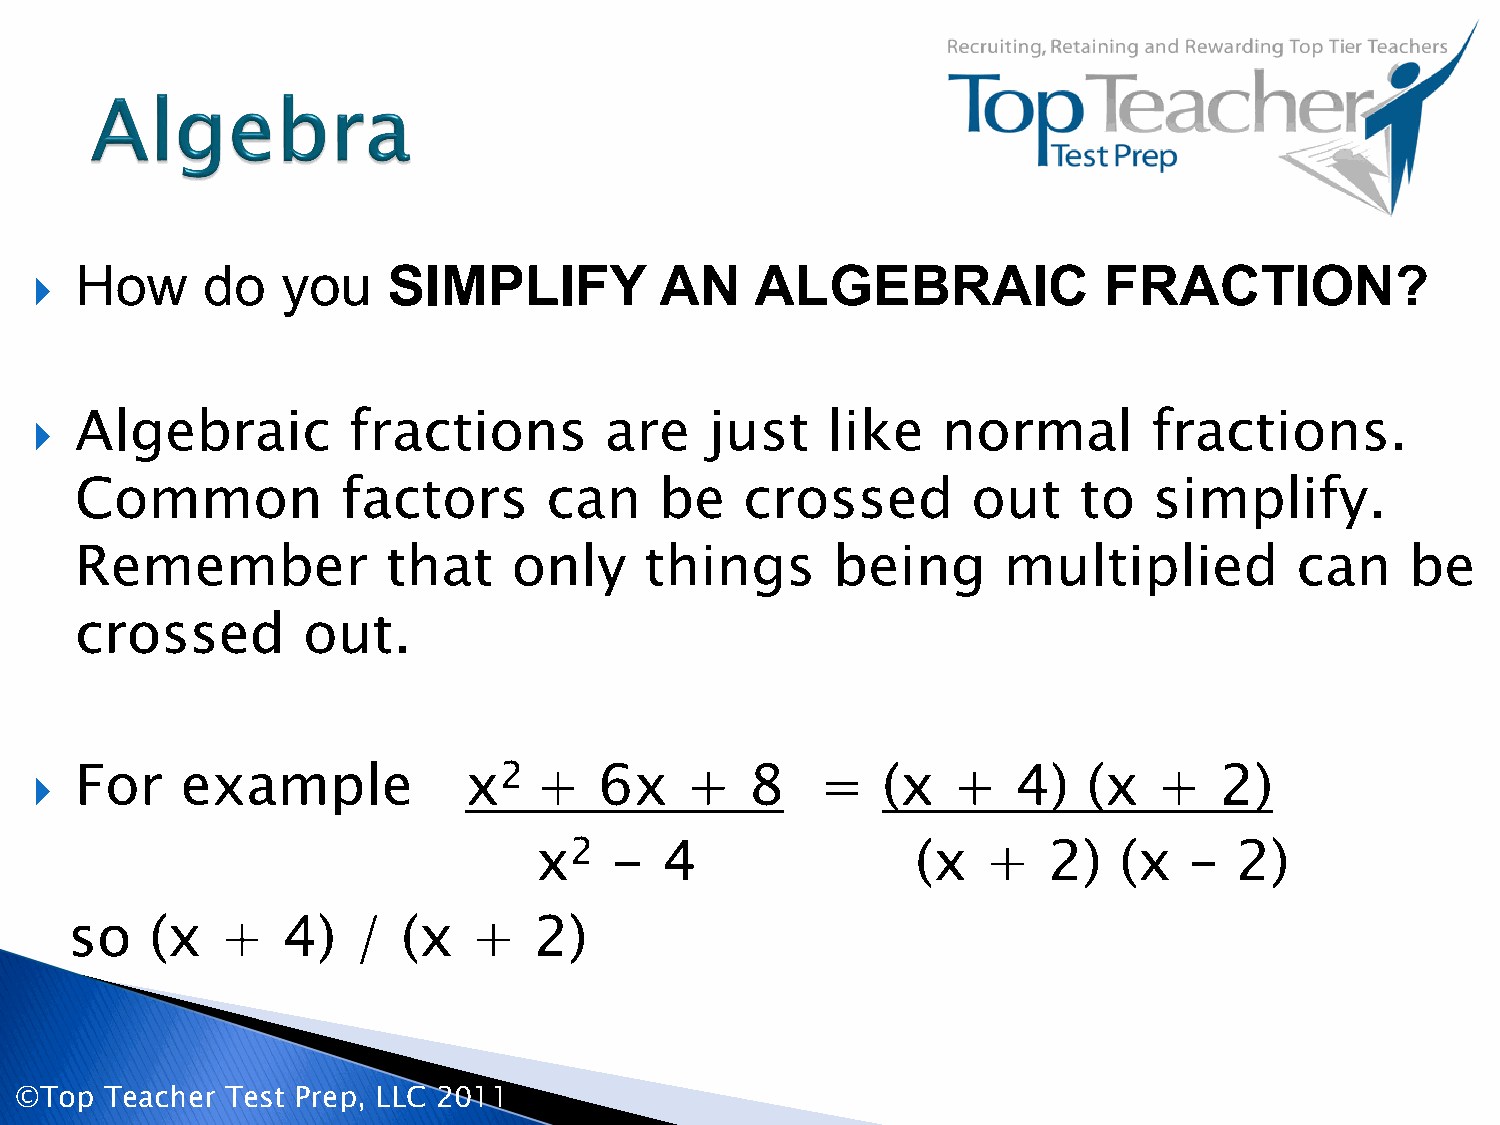
  How     do    you    SIMPLIFY          AN    ALGEBRAIC              FRACTION?
   Algebraic         fractions        are    just    like   normal        fractions.
 Common            factors      can     be   crossed        out    to   simplify.
 Remember             that    only     things      being      multiplied          can    be
 crossed        out.
 2
   For    example            x   +    6x   +    8   =   (x   +   4)   (x   +   2)
 2
 x    -   4                (x  +   2)   (x   –  2)
 so   (x   +   4)  /   (x  +   2)
 ©Top  Teacher Test Prep, LLC 2011